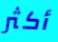
أكثر